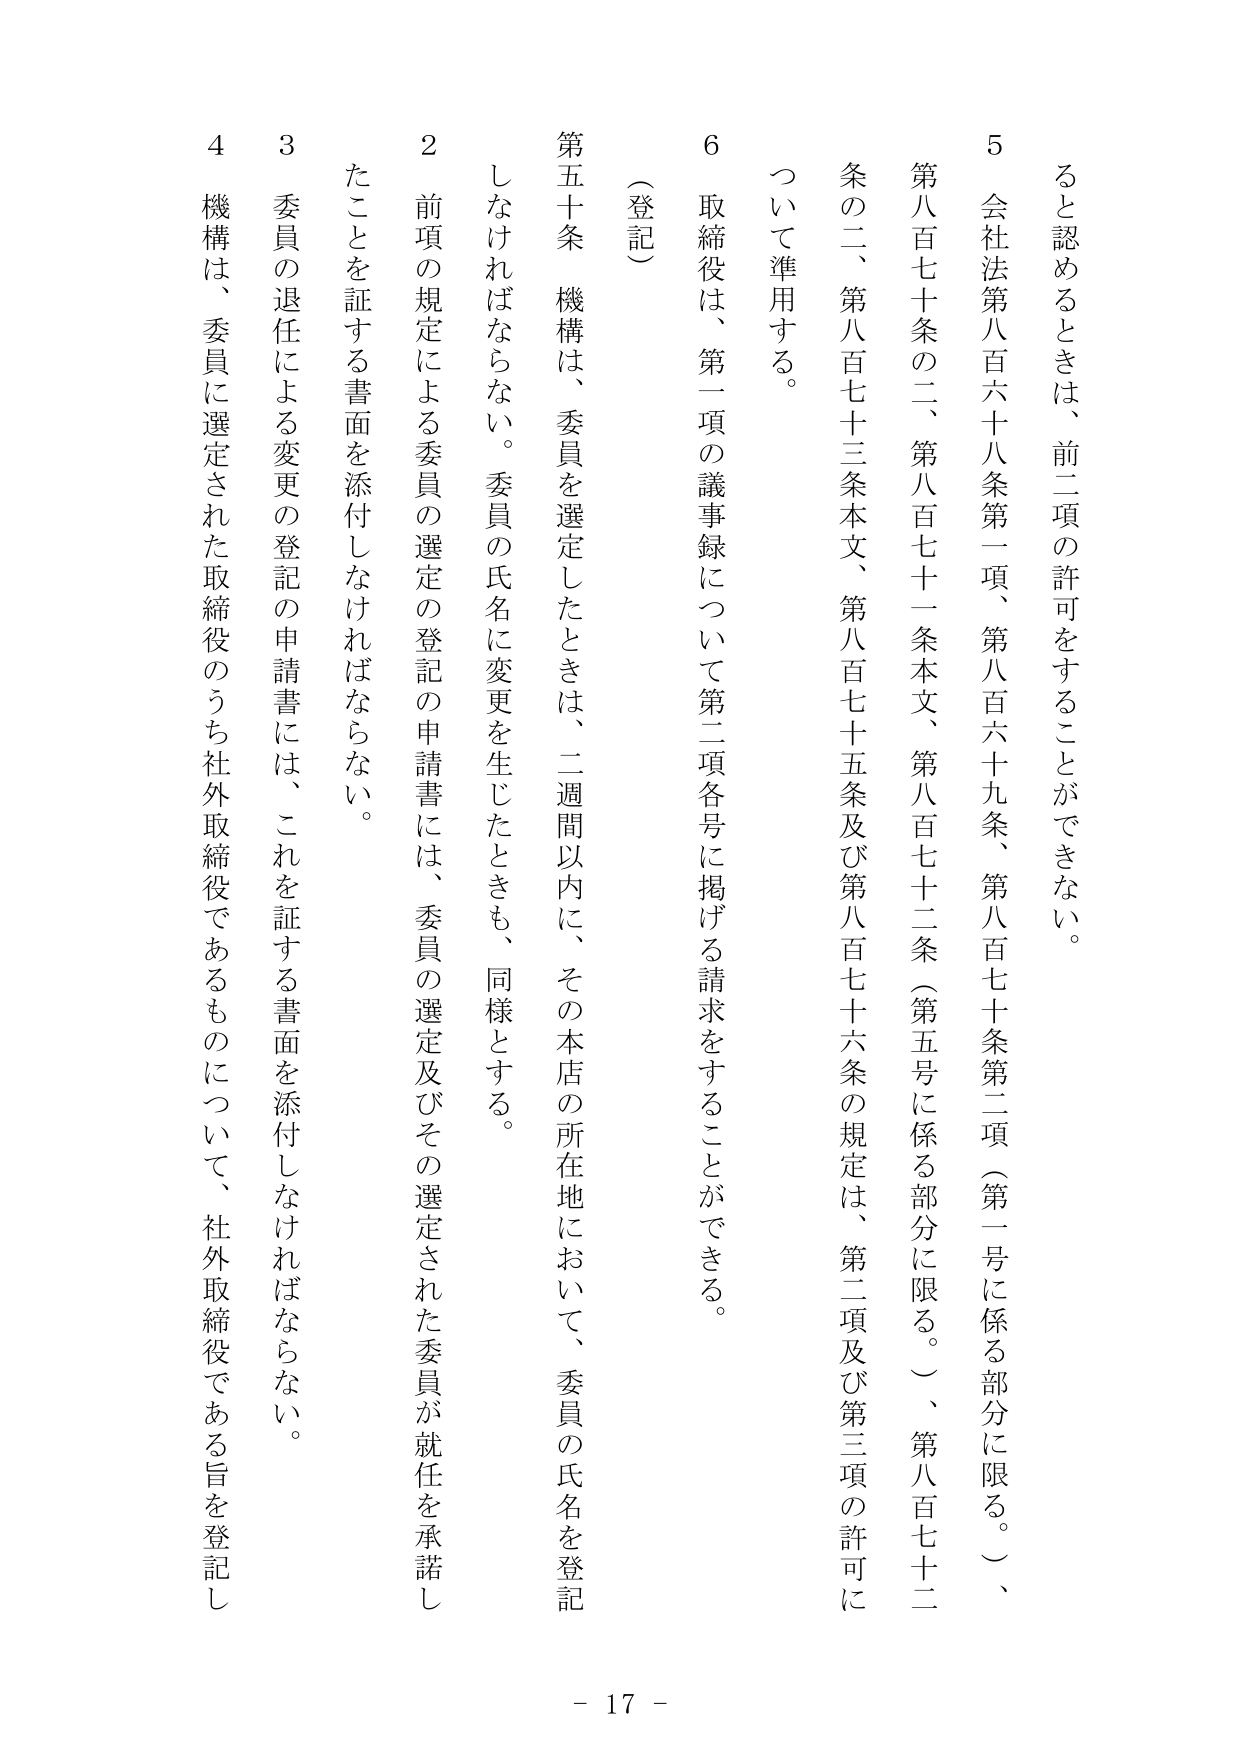
ると認めるときは、前二項の許可をすることができない。

5 会社法第八百六十八条第一項、第八百六十九条、第八百七十条第二項（第一号に係る部分に限る。）、第八百七十条の二、第八百七十一条本文、第八百七十二条（第五号に係る部分に限る。）、第八百七十三条本文、第八百七十五条及び第八百七十六条の規定は、第二項及び第三項の許可について準用する。

6 取締役は、第一項の議事録について第二項各号に掲げる請求をすることができる。

（登記）

第五十条 機構は、委員を選定したときは、二週間以内に、その本店の所在地において、委員の氏名を登記しなければならない。委員の氏名に変更を生じたときも、同様とする。

2 前項の規定による委員の選定の登記の申請書には、委員の選定及びその選定された委員が就任を承諾したことを証する書面を添付しなければならない。

3 委員の退任による変更の登記の申請書には、これを証する書面を添付しなければならない。

4 機構は、委員に選定された取締役のうち社外取締役であるものについて、社外取締役である旨を登記し

- 17 -